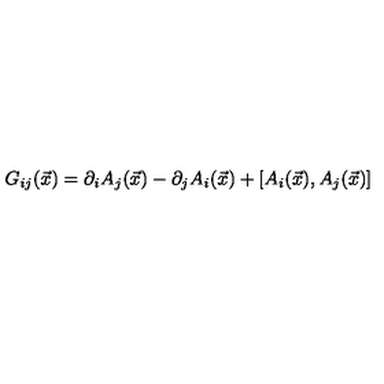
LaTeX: G _ { i j } ( \vec { x } ) = \partial _ { i } A _ { j } ( \vec { x } ) - \partial _ { j } A _ { i } ( \vec { x } ) + [ A _ { i } ( \vec { x } ) , A _ { j } ( \vec { x } ) ]